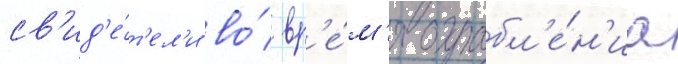
св'ид'е́т'ел'и во́ вр'е́м'я ограбл'е́н'иа